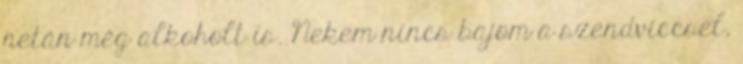
netán még alkoholt is. Nekem nincs bajom a szendviccsel,